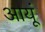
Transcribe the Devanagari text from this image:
आयूं